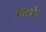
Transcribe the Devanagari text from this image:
स्परज्हीम